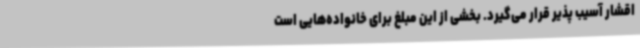
اقشار آسیب پذیر قرار می‌گیرد. بخشی از این مبلغ برای خانواده‌هایی است